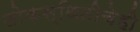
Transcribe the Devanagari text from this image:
लोकस्थितीचेही